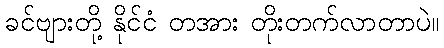
ခင်ဗျားတို့ နိုင်ငံ တအား တိုးတက်လာတာပဲ။